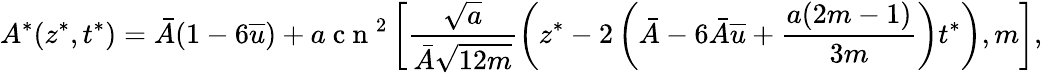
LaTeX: A^{*}(z^{*},t^{*})=\bar{A}(1-6\overline{{u}})+a\mathrm{~c~n~}^{2}\left[\frac{\sqrt{a}}{\bar{A}\sqrt{12m}}\left(z^{*}-2\left(\bar{A}-6\bar{A}\overline{{u}}+\frac{a(2m-1)}{3m}\right)t^{*}\right),m\right],